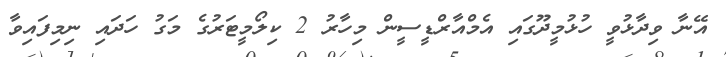
އޭނާ ވިދާޅުވީ ހުޅުމީދޫގައި އެމްއާރްޑީސީން މިހާރު 2 ކިލޯމީޓަރުގެ މަގު ހަދައި ނިމިފައިވާ